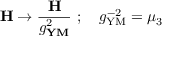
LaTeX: { \bf H } \to { \frac { \bf H } { g _ { \bf Y M } ^ { 2 } } } \ ; \quad g _ { \mathrm { Y M } } ^ { - 2 } = \mu _ { 3 }